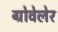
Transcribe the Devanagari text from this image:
ग्रोवेलेर